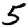
Digit: 5